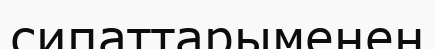
сипаттарыменен